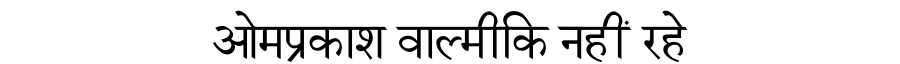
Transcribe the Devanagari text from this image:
ओमप्रकाश वाल्मीकि नहीं रहे